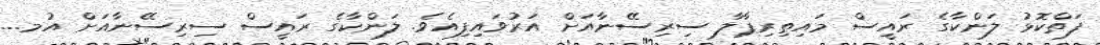
ފަތްކޮޅު ލަންކާގެ ރައީސް މައިތިރިޕާލާ ސިރިސޭނާއަށް އަރުވައިފިއެވެ. ލަންކާގެ ރައީސް ސިރިސޭނާއަށް އުމ...